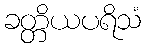
ခတ္တိယပရိသံ